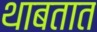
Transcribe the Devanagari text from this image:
थाबतात